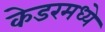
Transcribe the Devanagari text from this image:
केडरमध्ये